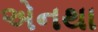
એનથા